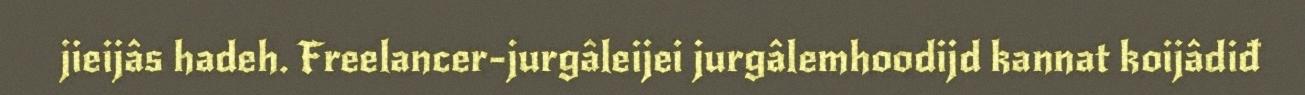
jieijâs hadeh. Freelancer-jurgâleijei jurgâlemhoodijd kannat koijâdiđ